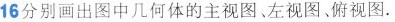
16分别画出图中几何体的主视图、左视图、俯视图.